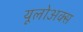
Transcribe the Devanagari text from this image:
यूलोअक्स